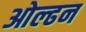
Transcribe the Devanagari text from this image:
ओल्ढन